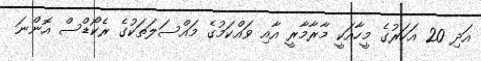
އަދި 20 އަހަރުގެ މީހާއަކީ މާރާމާރީ އާއި ވައްކަމުގެ މައްސަލަތަކުގެ ރެކޯޑްސް އޮންނަ